Indian Medical Review
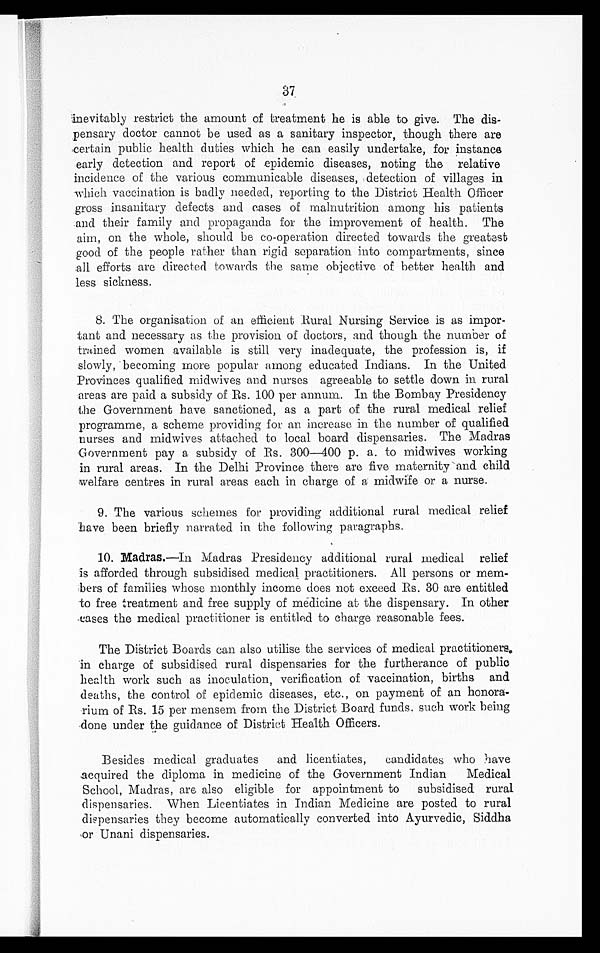
37
inevitably restrict the amount of treatment he is able to give. The dis-
pensary doctor cannot be used as a sanitary inspector, though there are
certain public health duties which he can easily undertake, for instance
early detection and report of epidemic diseases, noting the relative
incidence of the various communicable diseases, detection of villages in
which vaccination is badly needed, reporting to the District Health Officer
gross insanitary defects and cases of malnutrition among his patients
and their family and propaganda for the improvement of health. The
aim, on the whole, should be co-operation directed towards the greatest
good of the people rather than rigid separation into compartments, since
all efforts are directed towards the same objective of better health and
less sickness.
8. The organisation of an efficient Rural Nursing Service is as impor-
tant and necessary as the provision of doctors, and though the number of
trained women available is still very inadequate, the profession is, if
slowly, becoming more popular among educated Indians. In the United
Provinces qualified midwives and nurses agreeable to settle down in rural
areas are paid a subsidy of Rs. 100 per annum. In the Bombay Presidency
the Government have sanctioned, as a part of the rural medical relief
programme, a scheme providing for an increase in the number of qualified
nurses and midwives attached to local board dispensaries. The Madras
Government pay a subsidy of Rs. 300-400 p. a. to midwives working
in rural areas. In the Delhi Province there are five maternity and child
welfare centres in rural areas each in charge of a midwife or a nurse.
9. The various schemes for providing additional rural medical relief
have been briefly narrated in the following paragraphs.
10. Madras. —In Madras Presidency additional rural medical relief
is afforded through subsidised medical practitioners. All persons or mem-
bers of families whose monthly income does not exceed Rs. 30 are entitled
to free treatment and free supply of medicine at the dispensary. In other
cases the medical practitioner is entitled to charge reasonable fees.
The District Boards can also utilise the services of medical practitioners.
in charge of subsidised rural dispensaries for the furtherance of public
health work such as inoculation, verification of vaccination, births and
deaths, the control of epidemic diseases, etc., on payment of an honora-
rium of Rs. 15 per mensem from the District Board funds, such work being
done under the guidance of District Health Officers.
Besides medical graduates and licentiates, candidates who have
acquired the diploma in medicine of the Government Indian Medical
School, Madras, are also eligible for appointment to subsidised rural
dispensaries. When Licentiates in Indian Medicine are posted to rural
dispensaries they become automatically converted into Ayurvedic, Siddha
or Unani dispensaries.